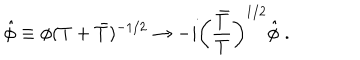
\hat { \phi } \equiv \phi ( T + \bar { T } ) ^ { - 1 / 2 } \rightarrow - i \left( { \frac { \bar { T } } { T } } \right) ^ { 1 / 2 } \hat { \phi } \; .